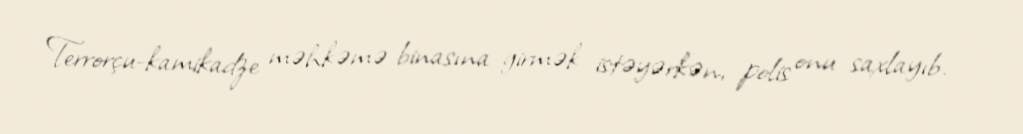
Terrorçu-kamikadze məhkəmə binasına girmək istəyərkən, polis onu saxlayıb.